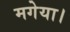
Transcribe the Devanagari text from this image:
मगेया।